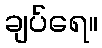
ချပ်ရေ။